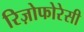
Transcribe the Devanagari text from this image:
रिज़ोफोरेसी